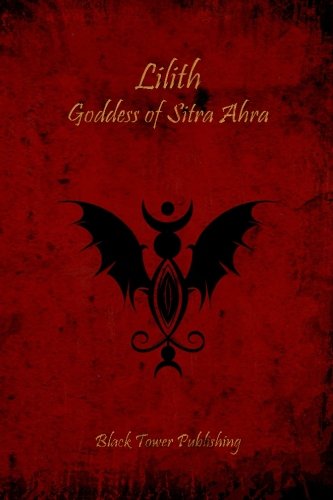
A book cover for Lilith: Goddess of Sitra Ahra; Daemon Barzai; Religion & Spirituality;